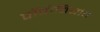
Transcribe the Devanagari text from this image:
पॉपीबियांचे